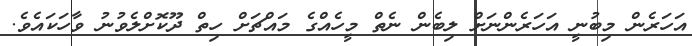
އަހަރެން މިބުނީ އަހަރެންނަށް ލިބެން ނެތް މީހެއްގެ މައްޗަށް ހިތް ދޫކޮށްލެވުނު ވާހަކައެވެ.